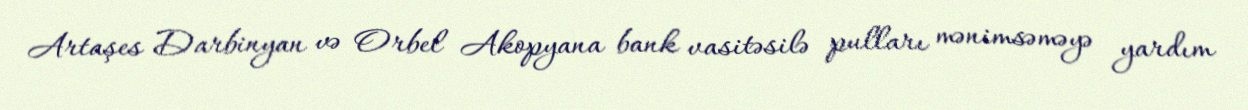
Artaşes Darbinyan və Orbel Akopyana bank vasitəsilə pulları mənimsəməyə yardım